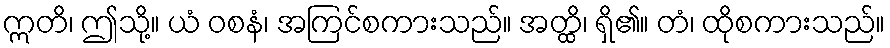
ဣတိ၊ ဤသို့။ ယံ ဝစနံ၊ အကြင်စကားသည်။ အတ္ထိ၊ ရှိ၏။ တံ၊ ထိုစကားသည်။